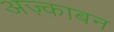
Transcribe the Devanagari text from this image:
अज़्काबन